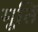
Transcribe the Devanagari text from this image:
मूतिॅ